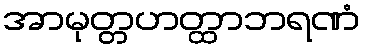
အာမုတ္တဟတ္ထာဘရဏံ